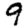
Digit: 9